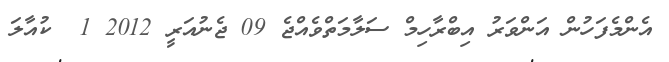
އެންމެފަހުން އަންވަރު އިބްރާހިމް ސަލާމަތްވެއްޖެ 09 ޖެނުއަރީ 2012 1  ކުއާލަ